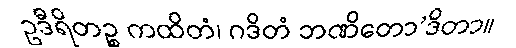
ဥဒီရိတဉ္စ ကထိတံ၊ ဂဒိတံ ဘဏိတော’ဒိတာ။